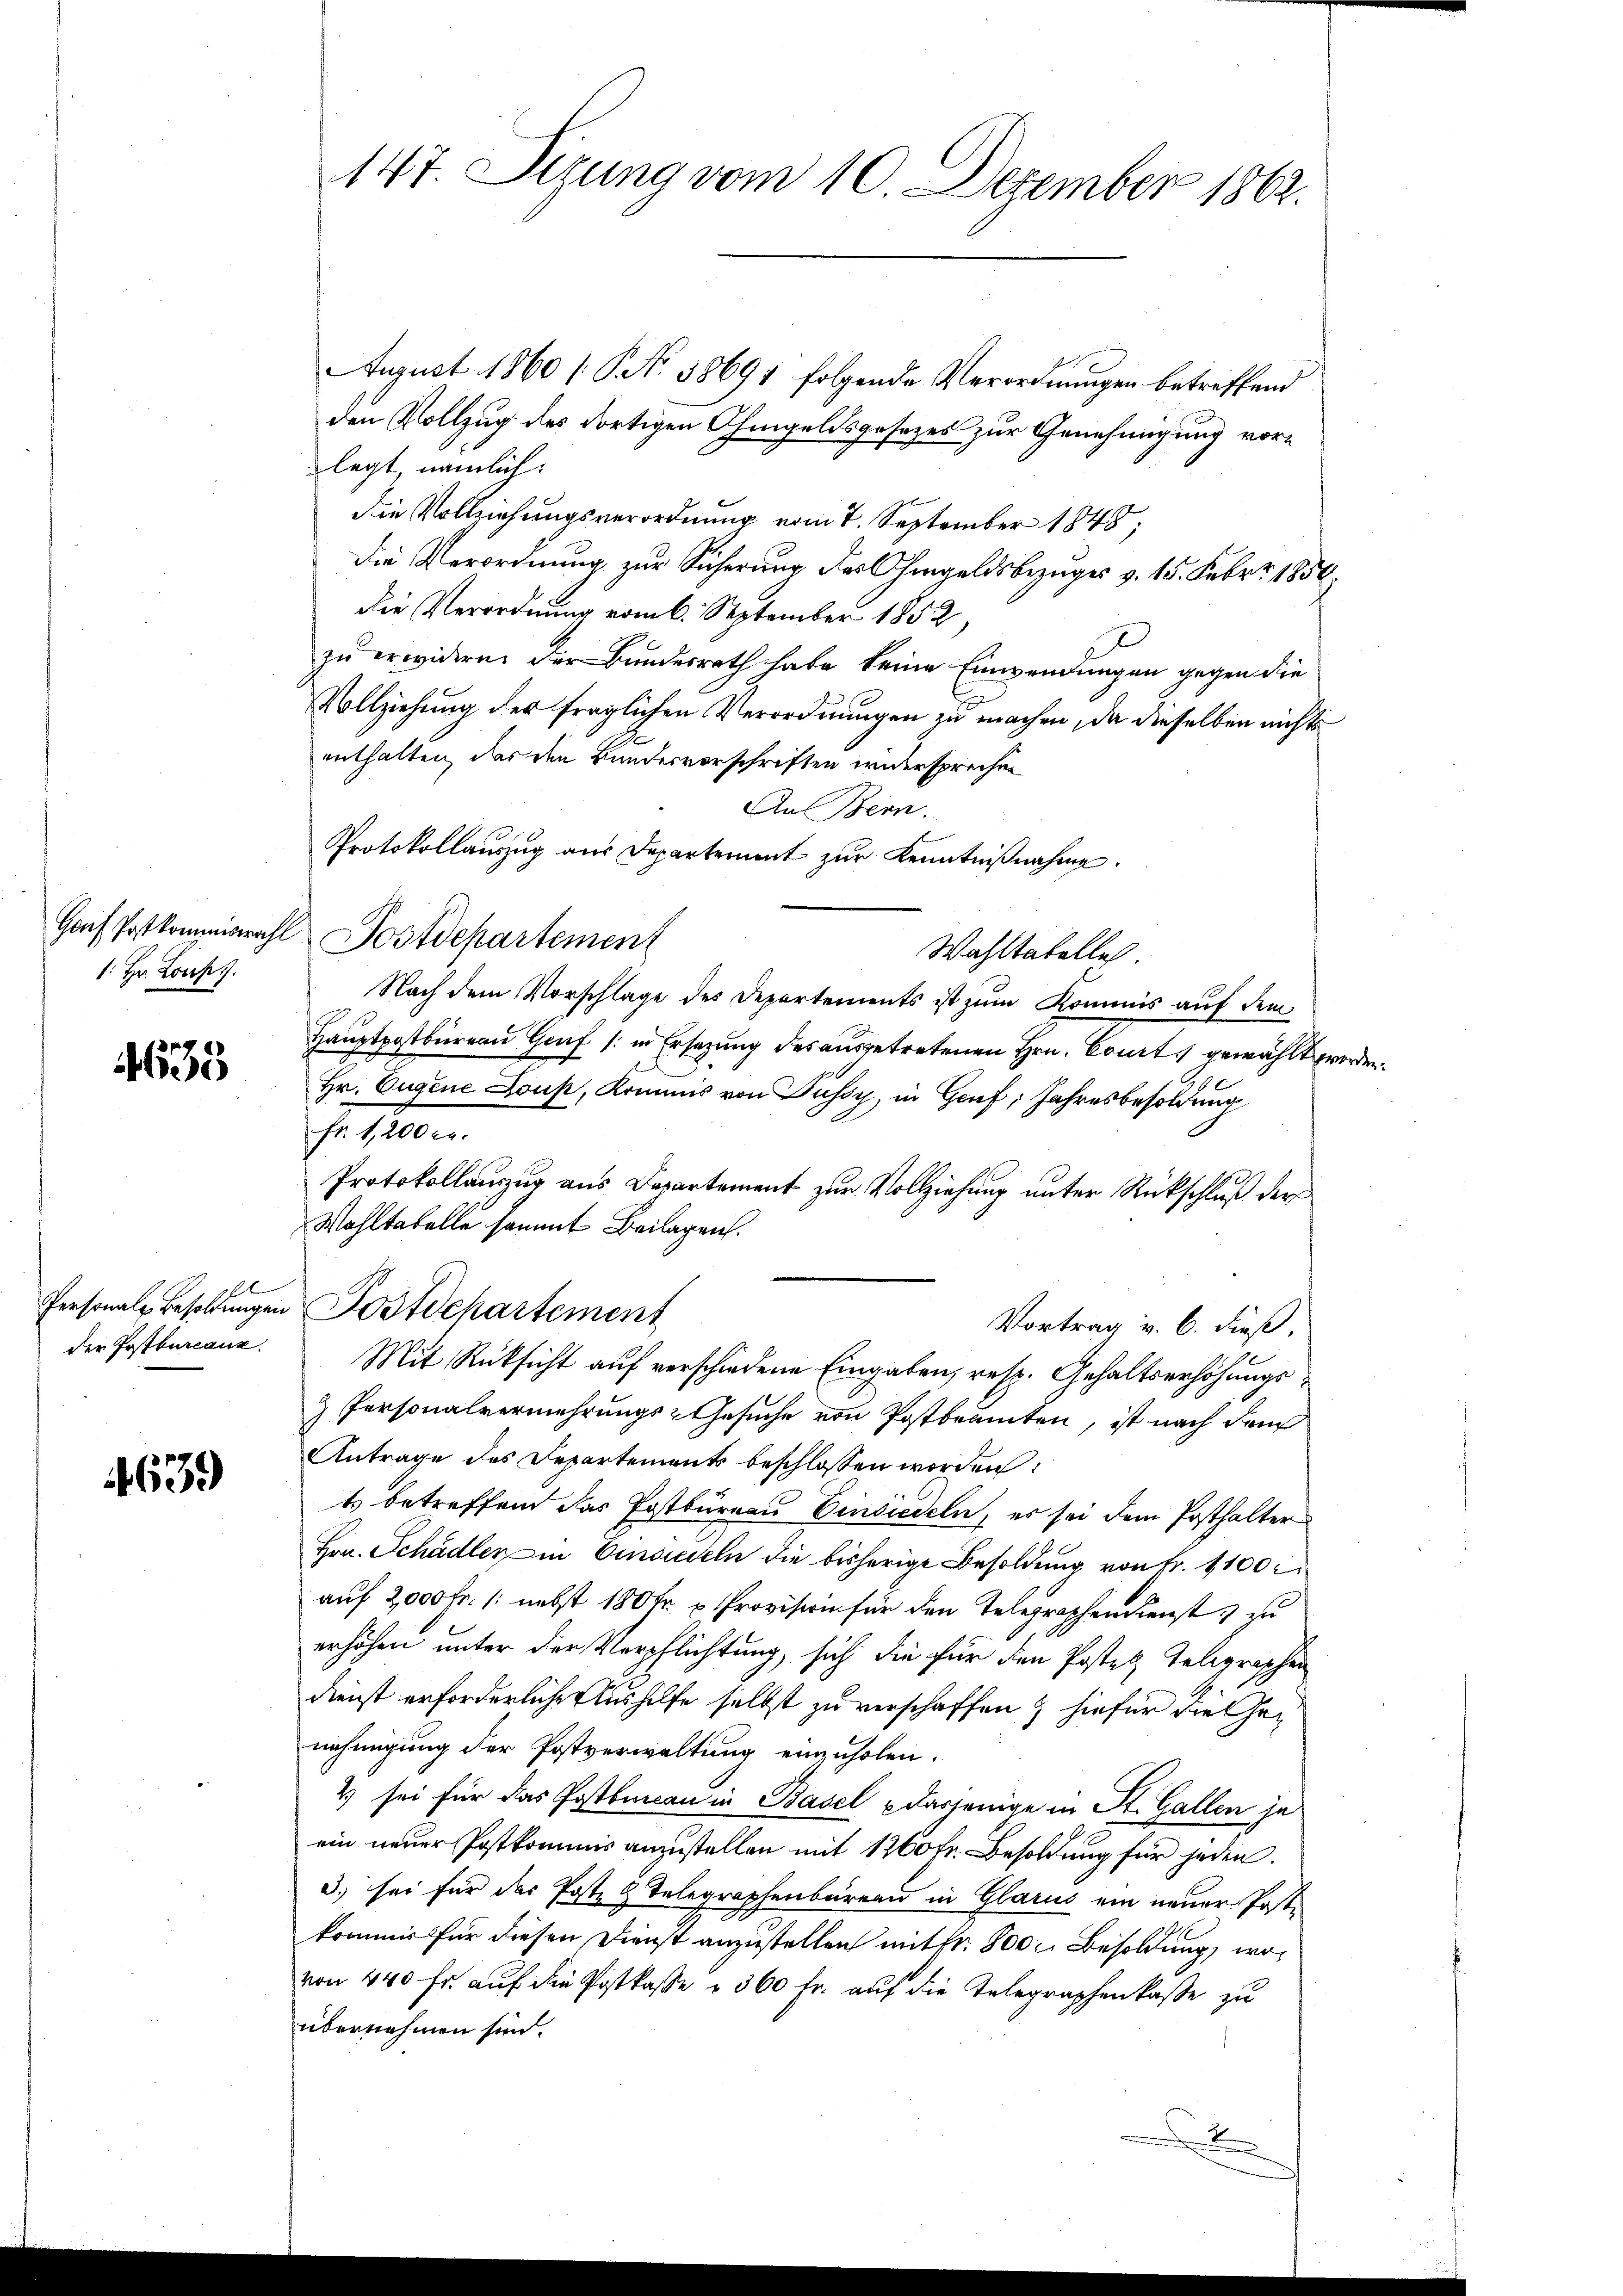
1. Hr. Lous.

635

639

147. Sizung vom 10. Dezember 1862.

August 1860 [No 58691 folgende Verordnungen betreffend
den Vollzug des dortigen Ohmgeldsgesetzes zur Genehmigung vorlegt, nämlich:
die Vollziehungsverordnung vom 7. September 1848;
die Verordnung zur Sicherung des Ohmgeldsbezuges v. 15. Febr. 1850,
die Verordnung vom 6. September 1852,
zu erwidern der Bundesrath habe keine Einwendungen gegen die
Vollziehung der fraglichen Verordnungen zu machen, da dieselben nichts
enthalten, das den Bundesvorschriften widersprechen
An Bern.
Protokollauszug aus Departement zur Kenntniβnahme.
Haif Postkommiswahl Postdepartement
Wahltatelle.
Nach dem Vorschlage des Departements ist zum Kommis auf dem
Hauptpostbureau Genf (: in Ersatzung des ausgetretenen Hrn. Court gewählt worden
Hr. Eugene Lous, Kommis von Düssy, in Genf, Jahresbesoldung
Jesten
Protokollanzug aus Departement zur Vollziehung unter Rückschluß der
Wahltabelle sammt Beilagen.
t
Personale Besoldungen Postdepartement
Vortrag v. 6. dieß,
der Postbarcane. Mit Rücksicht auf verschiedene Eingaben, resp. Gehaltserhöhungs¬
& Personalvermehrungs-Gesuche von Postbranten, ist nach dem
Antrage des Departements beschlossen worden:
ts betreffend das Postbureau Einsiedeln, es sei dem Posthalter
Hrn. Schädler in Einsiedeln die bisherige Besoldung von Fr. 1100 r
auf 2000 Fr. /: nebst 180 fr. u Provision für den Telegraphen dienst zu
erhöhen unter der Verpflichtung, sich die für den Posten Telegraphen
Dienst erforderliche Aushilfe selbst zu verschaffen & hiefür die Genehmigung der Postverwaltung einzuholen.
4 sei für das Postbureau in Basel dasjenige in St. Gallen je
ein neuer Postkommis anzustellen mit 1260 fr. Besoldung für jeden.
3) sei für das Post 2 Telegraphenbüreau in Glarus ein neuer Poste
kommer für diesen Dienst anzustellen mit fr. 800 Besoldung, wovon 440 fr. auf die Postkasse à 360 Fr. auf die Telegraphenkaße zu
übernehmen sind.